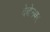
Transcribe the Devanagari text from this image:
देबोनयर